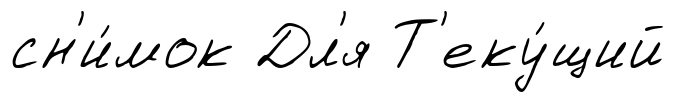
сн'и́мок Дл'я Т'еку́щий